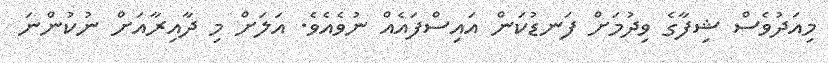
މިއަދުވެސް ޝިފާގެ ވިދުމަށް ފަނޑުކަން އައިސްފައެއް ނުވެއެވެ. އަލަށް މި ދާއިރާއަށް ނުކުންނަ